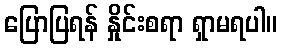
ပြောပြရန် နှိုင်းစရာ ရှာမရပါ။